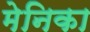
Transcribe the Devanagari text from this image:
मेनिका